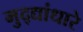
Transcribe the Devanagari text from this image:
मुद्द्यांधारे